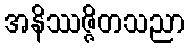
အနိဿဇ္ဇိတသညာ